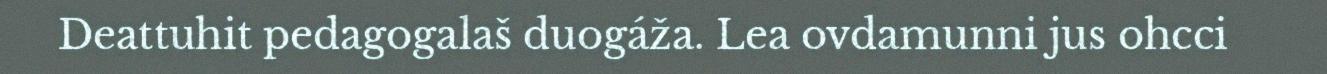
Deattuhit pedagogalaš duogáža. Lea ovdamunni jus ohcci